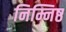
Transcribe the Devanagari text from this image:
निम्निष्ठ